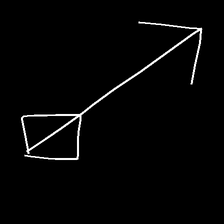
Glyph: focus